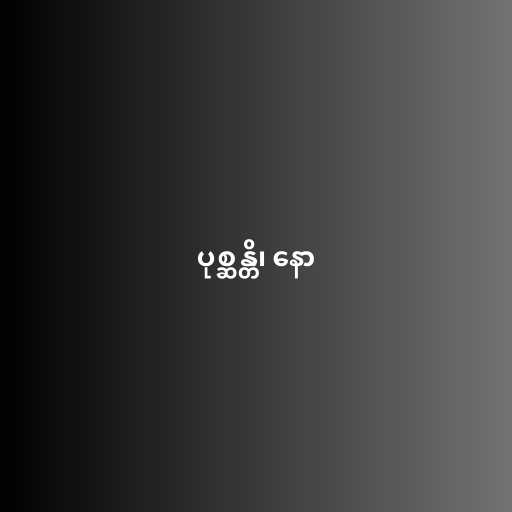
ပုစ္ဆန္တိ၊ နော